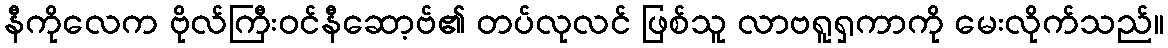
နီကိုလေက ဗိုလ်ကြီးဝင်နီဆော့ဗ်၏ တပ်လုလင် ဖြစ်သူ လာဗရူရှကာကို မေးလိုက်သည်။